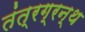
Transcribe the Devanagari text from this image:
तंत्रग्रन्थ